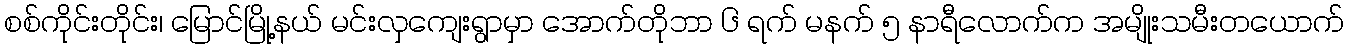
စစ်ကိုင်းတိုင်း၊ မြောင်မြို့နယ် မင်းလှကျေးရွာမှာ အောက်တိုဘာ ၆ ရက် မနက် ၅ နာရီလောက်က အမျိုးသမီးတယောက်